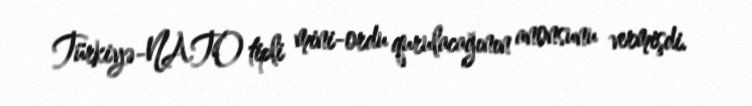
Türkiyə-NATO tipli mini-ordu qurulacağının anonsunu vermişdi.